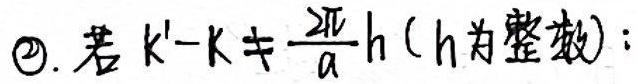
$\textcircled{2}$. 若$k'-k\neq\frac{2\pi}{a}h$（$h$为整数）: